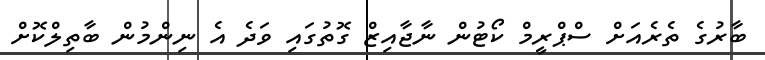
ބާރުގެ ތެރެއަށް ސްޕްރީމް ކޯޓުން ނާޖާއިޒް ގޮތުގައި ވަދެ އެ ނިންމުން ބާތިލްކޮށް